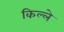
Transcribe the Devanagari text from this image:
किल्‍ले